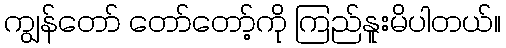
ကျွန်တော် တော်တော့်ကို ကြည်နူးမိပါတယ်။